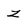
Character: z